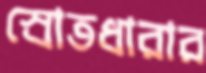
স্রোতধারার